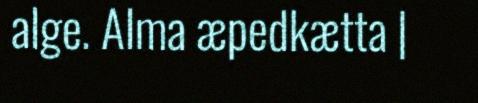
alge. Alma æpedkætta |